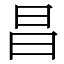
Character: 昌